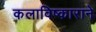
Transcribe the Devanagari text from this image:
कलाविष्काराने